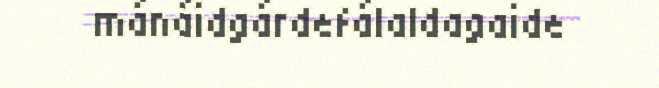
mánáidgárdefálaldagaide